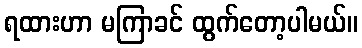
ရထားဟာ မကြာခင် ထွက်တော့ပါမယ်။